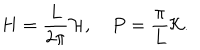
H = \frac { L } { 2 \pi } { \cal H } , \quad P = \frac { \pi } { L } { \cal K } .